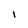
Character: 1